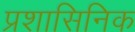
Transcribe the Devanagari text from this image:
प्रशासिनिक